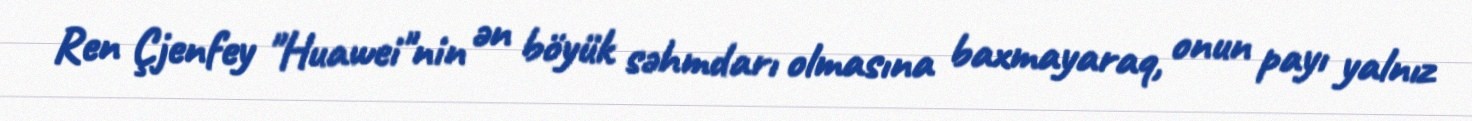
Ren Çjenfey "Huawei"nin ən böyük səhmdarı olmasına baxmayaraq, onun payı yalnız